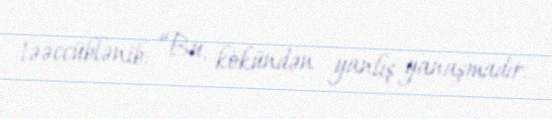
təəccüblənib: “Bu, kökündən yanlış yanaşmadır.